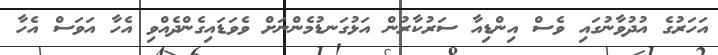
އަހަރުގެ އުދުވާނުގައި ވެސް އިންޑިއާ ސަރުކާރުން އަޅުގަނޑުމެންނަށް ވެވަޑައިގެންދެއްވި އެހާ އަވަސް އެހާ